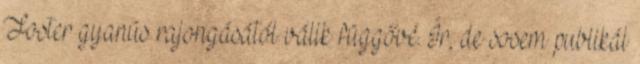
Foster gyanús rajongásától válik függővé. Ír, de sosem publikál